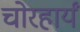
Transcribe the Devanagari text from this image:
चोरहार्यं